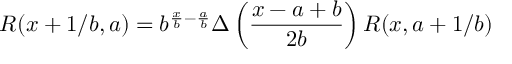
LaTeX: \cal R ( x + 1 / b , a ) = b ^ { \frac x b - \frac a b } \Delta \left( \frac { x - a + b } { 2 b } \right) \cal R ( x , a + 1 / b )